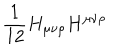
\frac { 1 } { 1 2 } H _ { \mu \nu \rho } H ^ { \mu \nu \rho }